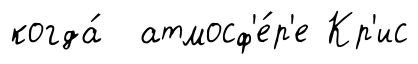
когда́ атмосф'е́р'е Кр'ис